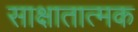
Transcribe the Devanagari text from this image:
साक्षातात्मक